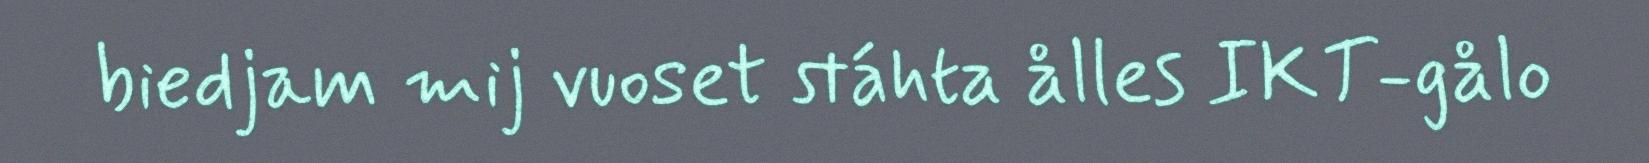
biedjam mij vuoset stáhta ålles IKT-gålo